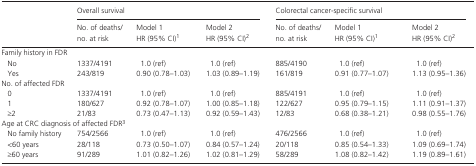
<table><thead><tr><td rowspan="2"></td><td colspan="3"><b>Overall survival</b></td><td colspan="3"><b>Colorectal cancer‐specific survival</b></td></tr><tr><td><b>No. of deaths/no. at risk</b></td><td><b>Model 1 HR (95% CI)a</b></td><td><b>Model 2 HR (95% CI)b</b></td><td><b>No. of deaths/no. at risk</b></td><td><b>Model 1 HR (95% CI)a</b></td><td><b>Model 2 HR (95% CI)b</b></td></tr></thead><tbody><tr><td colspan="7">Family history in FDR</td></tr><tr><td>No</td><td>1337/4191</td><td>1.0 (ref)</td><td>1.0 (ref)</td><td>885/4190</td><td>1.0 (ref)</td><td>1.0 (ref)</td></tr><tr><td>Yes</td><td>243/819</td><td>0.90 (0.78–1.03)</td><td>1.03 (0.89–1.19)</td><td>161/819</td><td>0.91 (0.77–1.07)</td><td>1.13 (0.95–1.36)</td></tr><tr><td colspan="7">No. of affected FDR</td></tr><tr><td>0</td><td>1337/4191</td><td>1.0 (ref)</td><td>1.0 (ref)</td><td>885/4191</td><td>1.0 (ref)</td><td>1.0 (ref)</td></tr><tr><td>1</td><td>180/627</td><td>0.92 (0.78–1.07)</td><td>1.00 (0.85–1.18)</td><td>122/627</td><td>0.95 (0.79–1.15)</td><td>1.11 (0.91–1.37)</td></tr><tr><td>≥2</td><td>21/83</td><td>0.73 (0.47–1.13)</td><td>0.92 (0.59–1.43)</td><td>12/83</td><td>0.68 (0.38–1.21)</td><td>0.98 (0.55–1.76)</td></tr><tr><td colspan="7">Age at CRC diagnosis of affected FDRc</td></tr><tr><td>No family history</td><td>754/2566</td><td>1.0 (ref)</td><td>1.0 (ref)</td><td>476/2566</td><td>1.0 (ref)</td><td>1.0 (ref)</td></tr><tr><td>&lt;60 years</td><td>28/118</td><td>0.73 (0.50–1.07)</td><td>0.84 (0.57–1.24)</td><td>20/118</td><td>0.85 (0.54–1.33)</td><td>1.09 (0.69–1.74)</td></tr><tr><td>≥60 years</td><td>91/289</td><td>1.01 (0.82–1.26)</td><td>1.02 (0.81–1.29)</td><td>58/289</td><td>1.08 (0.82–1.42)</td><td>1.19 (0.89–1.61)</td></tr></tbody></table>